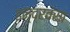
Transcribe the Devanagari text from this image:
इन्द्रवंसा